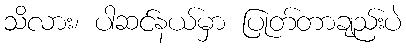
သိလား၊ ပါဆင်နယ်မှာ ပြုတ်တာချည်းပဲ